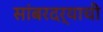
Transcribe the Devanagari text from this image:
सांबरदर्‍याची